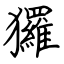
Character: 玀